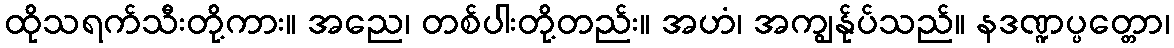
ထိုသရက်သီးတို့ကား။ အညေ၊ တစ်ပါးတို့တည်း။ အဟံ၊ အကျွန်ုပ်သည်။ နဒဏ္ဍပ္ပတ္တော၊